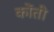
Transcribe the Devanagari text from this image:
कोंती